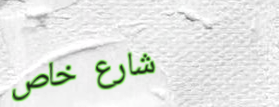
شارع خاص